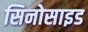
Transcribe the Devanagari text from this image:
सिनोसाइड